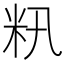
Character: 籸